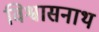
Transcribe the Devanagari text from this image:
विश्वासनाथ